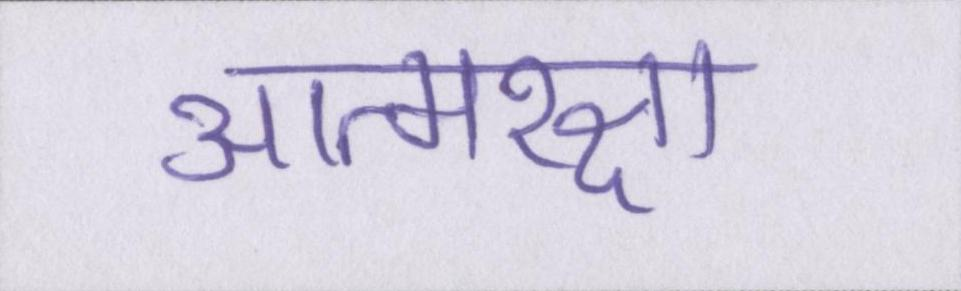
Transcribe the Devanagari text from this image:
आत्मरक्षा